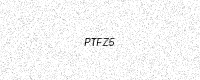
Text: PTFZ5